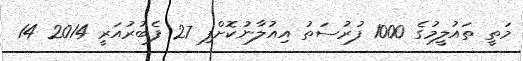
މަތީ ތައުލީމުގެ 1000 ފުރުސަތު އިއުލާނުކޮށްފި 27 ފެބުރުއަރީ 2014 14